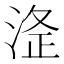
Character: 𭰸